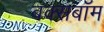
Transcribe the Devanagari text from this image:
बक्सबॉम